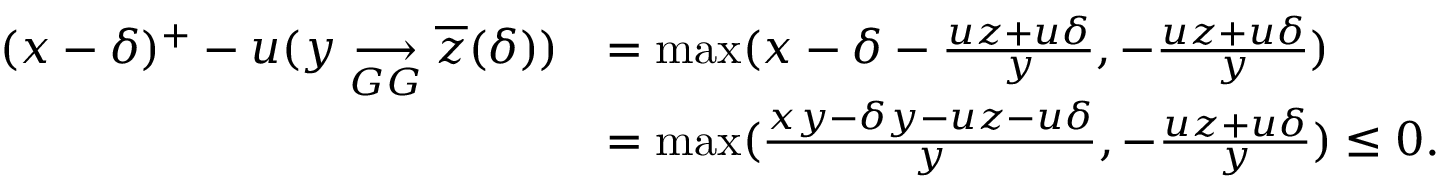
\begin{array} { r l } { ( x - \delta ) ^ { + } - u ( y \underset { G G } { \longrightarrow } \overline { z } ( \delta ) ) } & { = \operatorname* { m a x } ( x - \delta - \frac { u z + u \delta } { y } , - \frac { u z + u \delta } { y } ) } \\ & { = \operatorname* { m a x } ( \frac { x y - \delta y - u z - u \delta } { y } , - \frac { u z + u \delta } { y } ) \leq 0 . } \end{array}